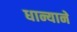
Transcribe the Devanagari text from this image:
धान्यानें